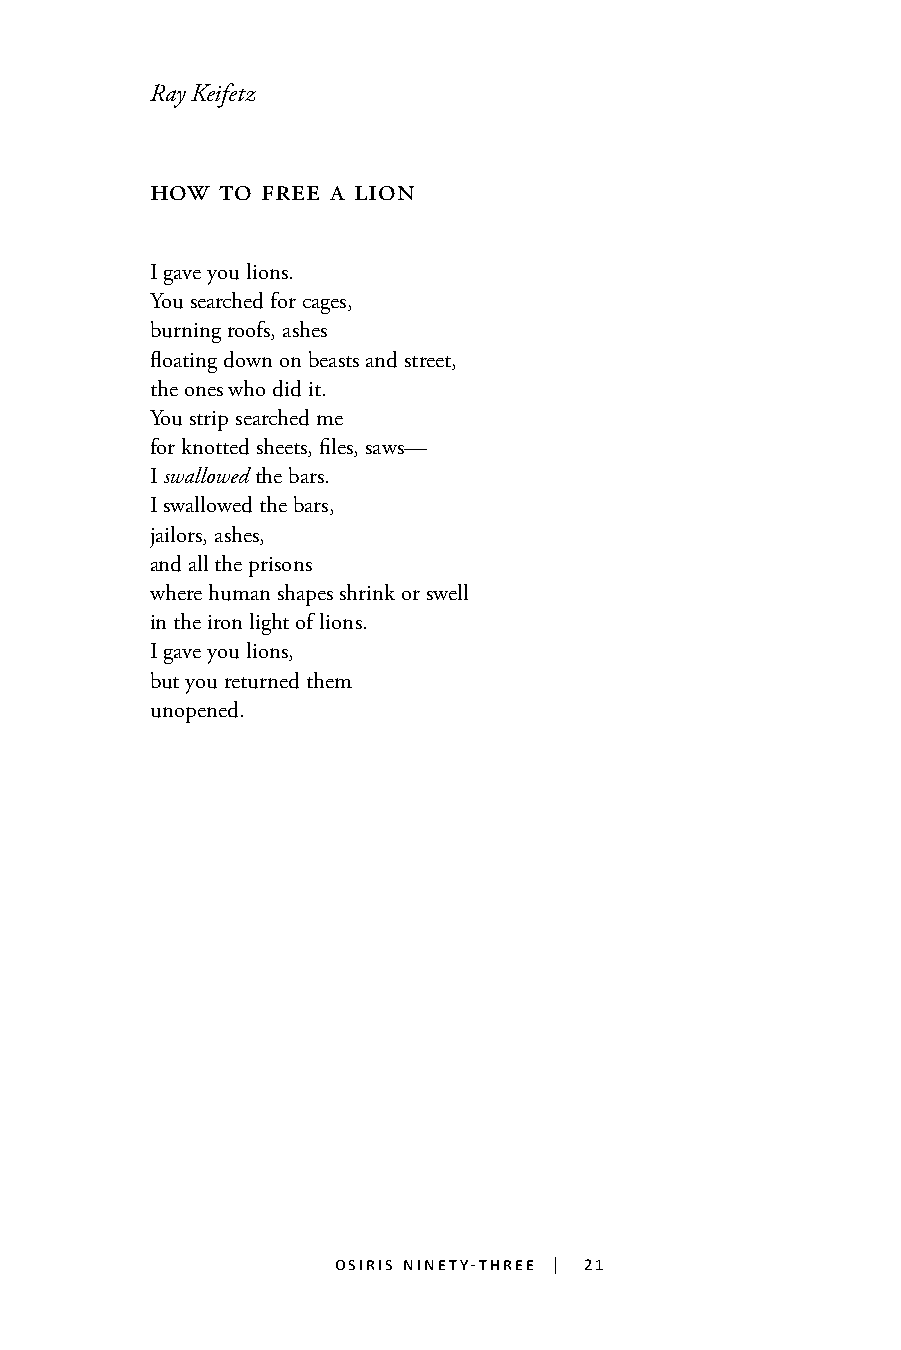
Ray Keifetz
 how  to free a lion
 I gave you lions.
 You searched for cages,
 burning roofs, ashes
 floating down on beasts and street,
 the ones who did it.
 You strip searched me
 for knotted sheets, files, saws—
 I swallowed the bars.
 I swallowed the bars,
 jailors, ashes,
 and all the prisons
 where human shapes shrink or swell
 21
 in the iron light of lions.
 I gave you lions,
 but you returned them
 unopened.
 osiris ninety-three | 21